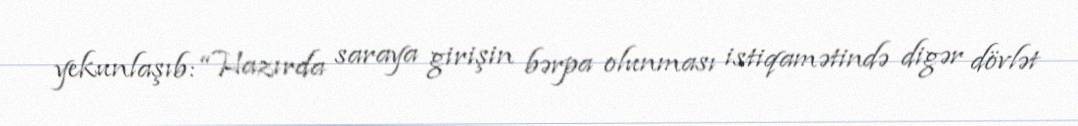
yekunlaşıb: “Hazırda saraya girişin bərpa olunması istiqamətində digər dövlət